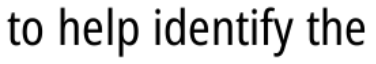
to help identify the